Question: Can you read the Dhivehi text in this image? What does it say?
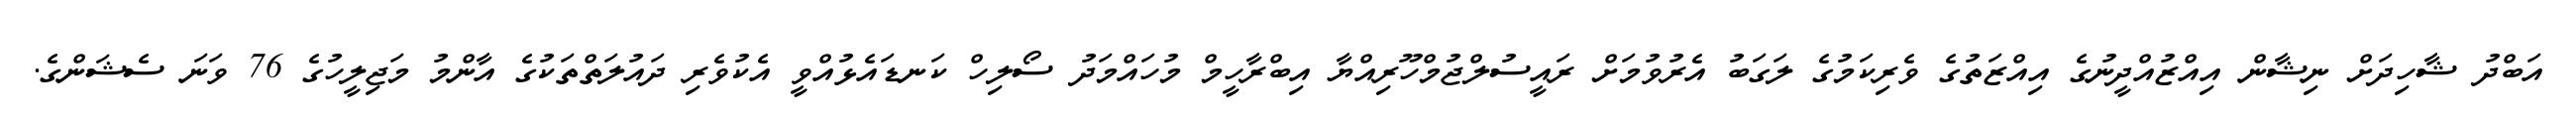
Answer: އަބްދު ޝާހިދަށް ނިޝާން އިއްޒުއްދީނުގެ އިއްޒަތުގެ ވެރިކަމުގެ ލަގަބު އެރުވުމަށް ރައީސުލްޖުމްހޫރިއްޔާ އިބްރާހީމް މުހައްމަދު ސޯލިހް ކަނޑައެޅުއްވީ އެކުވެރި ދައުލަތްތަކުގެ އާންމު މަޖިލީހުގެ 76 ވަނަ ސެޝަންގެ.